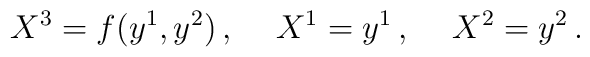
X^3=f(y^1,y^2)\, ,\hspace{0.5cm}X^1=y^1\, ,\hspace{0.5cm}X^2=y^2\, .